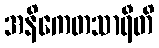
အနိကေတသာရီတိ